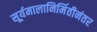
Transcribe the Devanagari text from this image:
सूर्यमालानिर्मितीनंतर